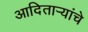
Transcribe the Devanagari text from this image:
आदितार्‍यांचे